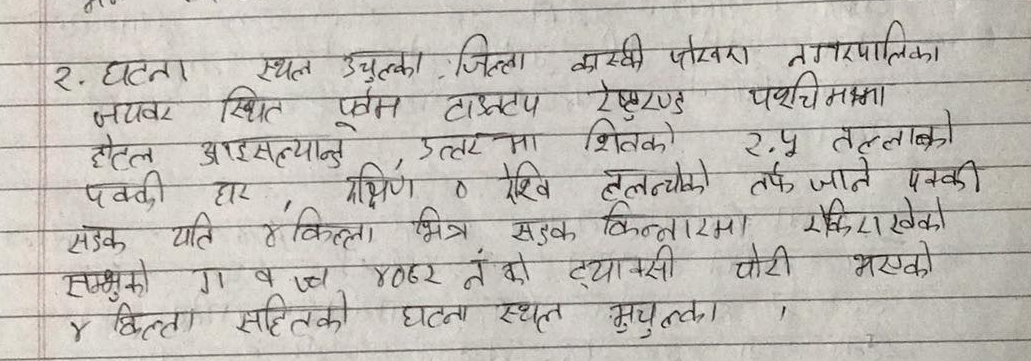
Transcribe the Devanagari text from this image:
२. घटना स्थल उचुलका । जिल्ला कास्की पोखरा नगरपालिका ज्यावर स्थित पूर्व टाउनटप रेष्टुरण्ट पश्चिममा होटल आईसल्याण्ड उत्तरमा शिवको २.५ तल्लाको पक्की घर, दक्षिण ० रेखि तलचोकको तर्फ जाने पक्की सडक यति ४ किल्ला भित्र सडक किनारामा राखिराखेको स्तम्भको ग व ज ०८२ नं को ट्याक्सी पोइन्ट भएको ४ किल्ला सहितको घटना स्थल मुचुल्का ।